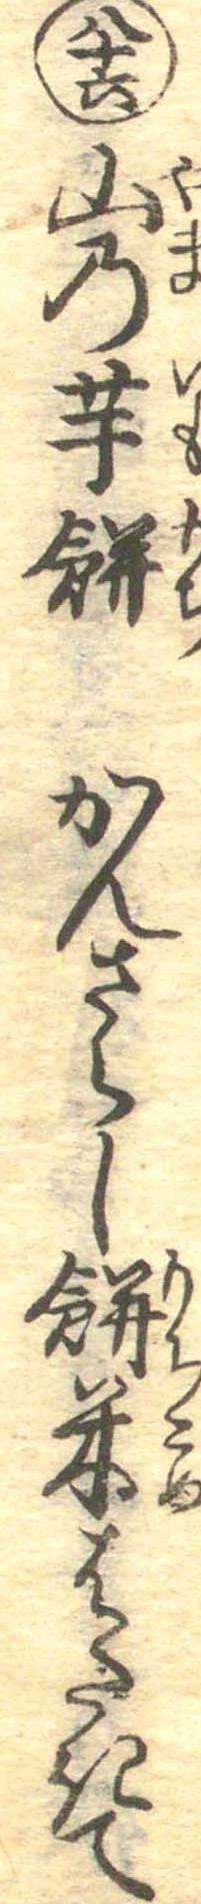
八十六山の芋餅かんさらし餅米はたきて